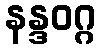
နန္ဒဝဂ္ဂ